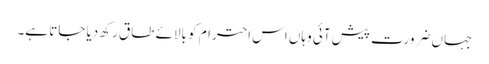
جہاں ضرورت پیش آئی وہاں اس احترام کو بالائے طاق رکھ دیا جاتا ہے۔